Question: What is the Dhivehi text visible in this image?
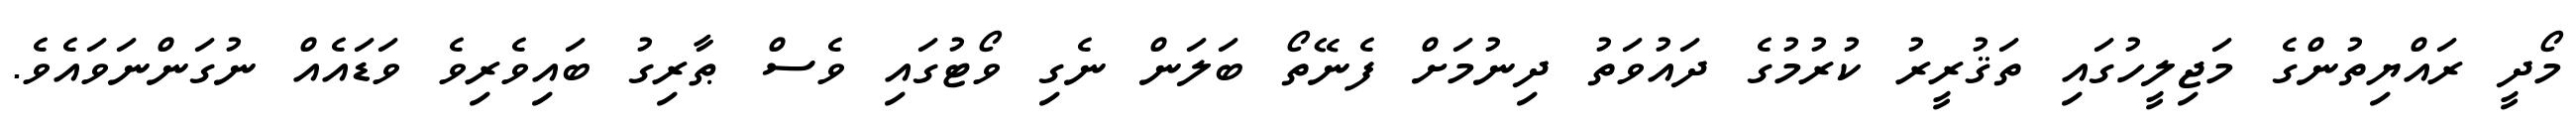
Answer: މޯދީ ރައްޔިތުންގެ މަޖިލީހުގައި ތަޤުރީރު ކުރުމުގެ ދައުވަތު ދިނުމަށް ފެނޭތޯ ބަލަން ނެގި ވޯޓުގައި ވެސް ޠާރިގު ބައިވެރިވެ ވަޑައެއް ނުގަންނަވައެވެ.